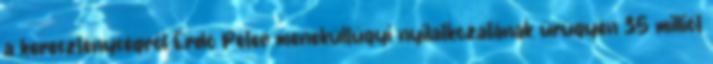
a kereszténységről Erdő Péter menekültügyi nyilatkozatának ürügyén 35 milliót